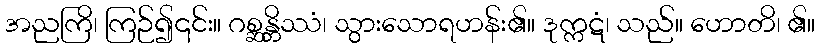
အညကြိ၊ ကြဉ်၍၎င်း။ ဂစ္ဆန္တိဿံ၊ သွားသောရဟန်း၏။ ဒုက္ကဋံ၊ သည်။ ဟောတိ၊ ၏။